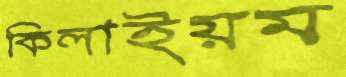
কিলাইয়ম